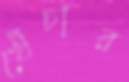
খেঁচার